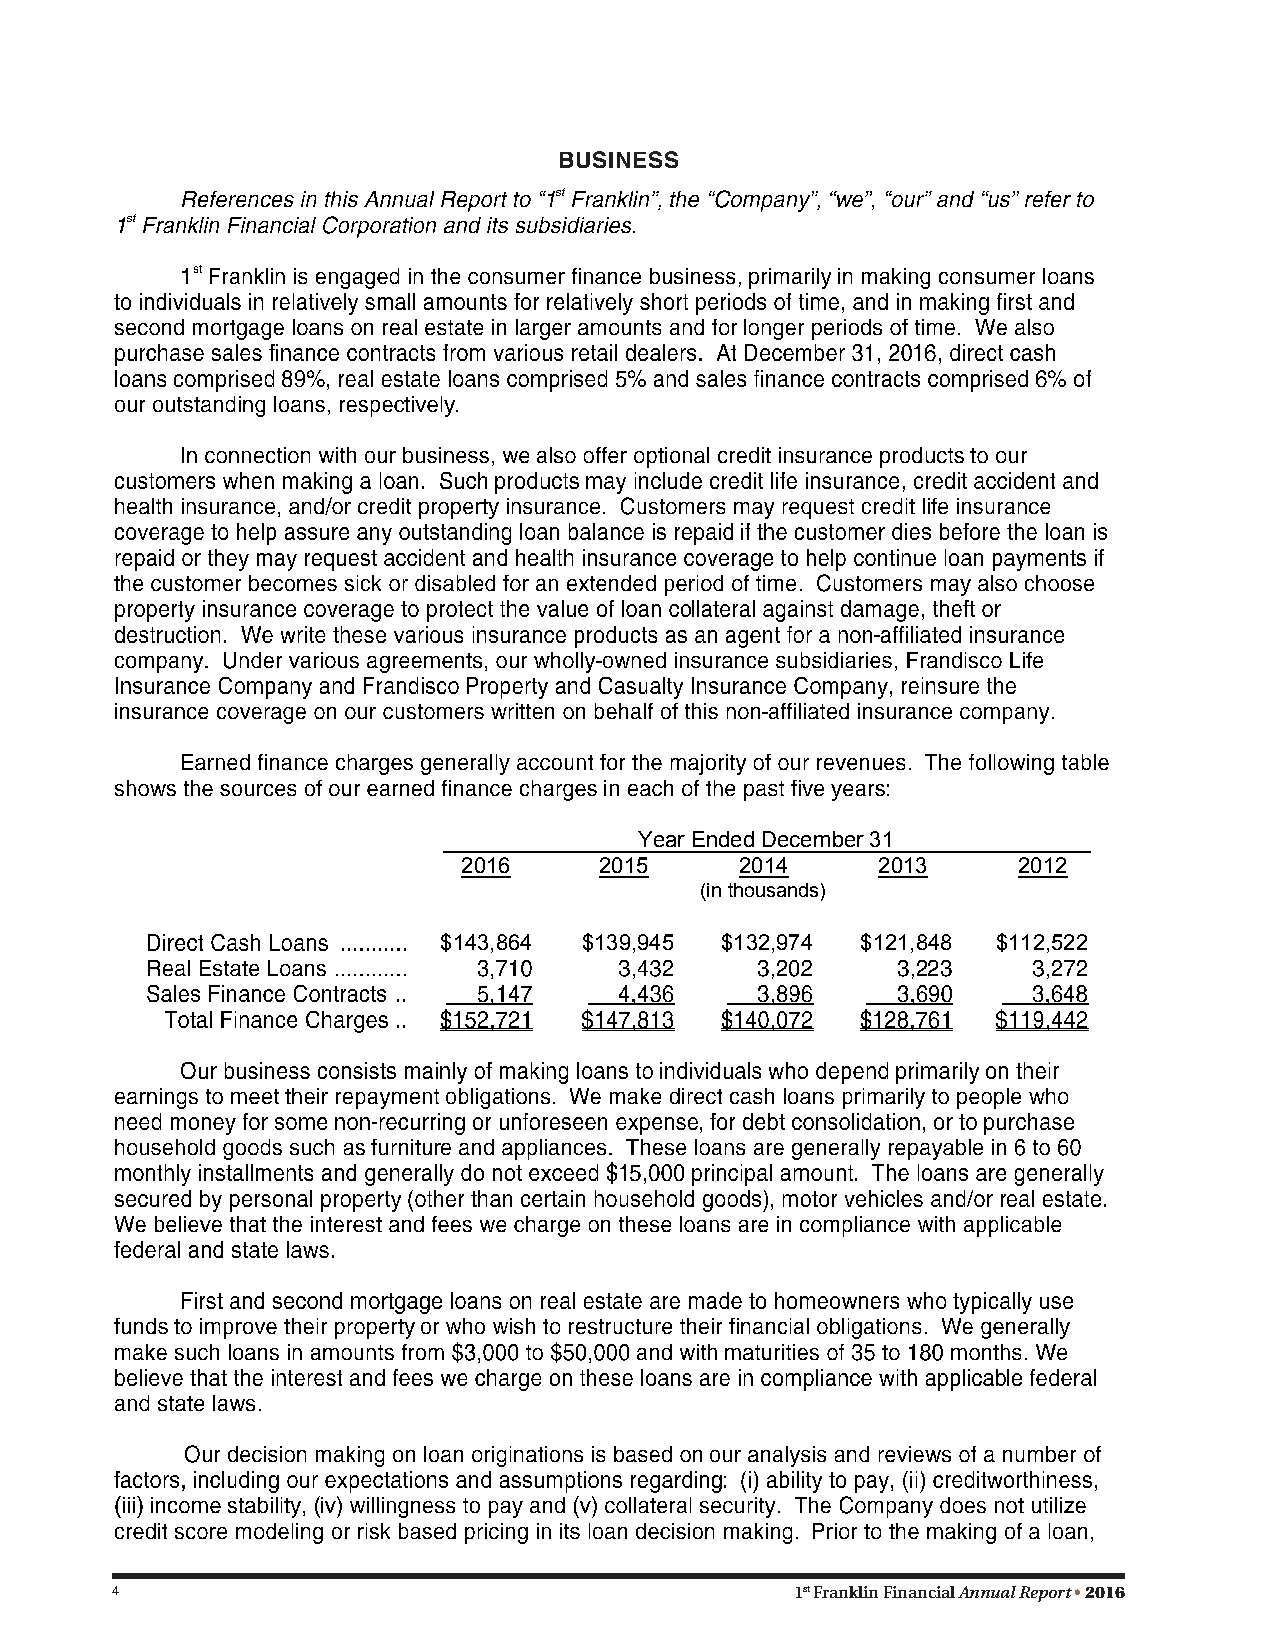
BUSINESS
 Year Ended December 31
 2016     2015     2014     2013     2012
 (in thousands)
 $143,864  $139,945 $132,974 $121,848 $112,522
 4                                             1st Franklin Financial Annual Report • 2016
 4